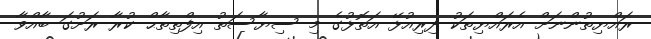
ރައްޔިތުންނަށް އެރައްޔިތަކު ދިރިއުޅޭ އަތޮޅުގެ މި ސިޔާސަތު އިފްތިތާޙް ކުރާ ރަށުގަ ބާއްވާ